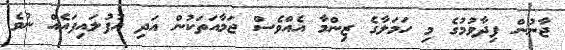
ޖާނުން ފިދާވުމުގެ މި ހަމަލާގެ ޒިންމާ އެއްވެސް ޖަމާއަތަކުން އަދި އުފުލައިފައެއް ނުވެ